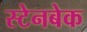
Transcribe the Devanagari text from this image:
स्टेनबेक